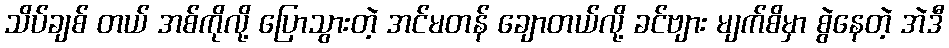
သိပ်ချစ် တယ် အစ်ကိုလို့ ပြောသွားတဲ့ အင်မတန် ချောတယ်လို့ ခင်ဗျား မျက်စိမှာ စွဲနေတဲ့ အဲဒီ